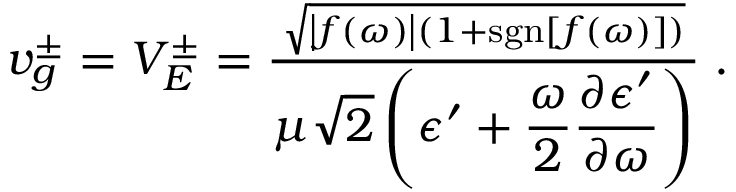
\begin{array} { r } { v _ { g } ^ { \pm } = V _ { E } ^ { \pm } = \frac { \sqrt { \left| f ( \omega ) \right| \left( 1 + \mathrm { s g n } [ f ( \omega ) ] \right) } } { \displaystyle \mu \sqrt { 2 } \left( \epsilon ^ { \prime } + \frac { \omega } { 2 } \frac { \partial \epsilon ^ { \prime } } { \partial \omega } \right) } \; . } \end{array}